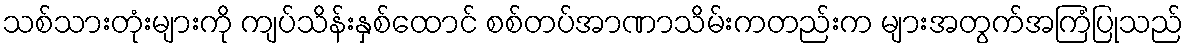
သစ်သားတုံးများကို ကျပ်သိန်းနှစ်ထောင် စစ်တပ်အာဏာသိမ်းကတည်းက များအတွက်အကြံပြုသည်